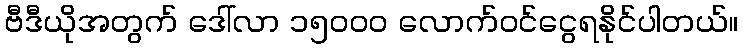
ဗီဒီယိုအတွက် ဒေါ်လာ ၁၅၀၀၀ လောက်ဝင်ငွေရနိုင်ပါတယ်။